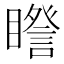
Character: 𥋮